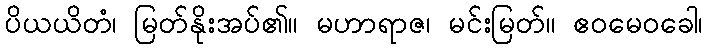
ပိယယိတံ၊ မြတ်နိုးအပ်၏။ မဟာရာဇ၊ မင်းမြတ်။ ဧဝမေဝခေါ၊